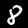
Label: 8